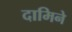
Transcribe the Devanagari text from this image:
दामिने